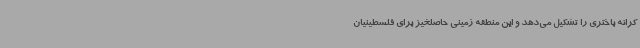
کرانه باختری را تشکیل می‌دهد و این منطقه زمینی حاصلخیز برای فلسطینیان